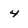
Character: 4